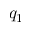
q _ { 1 }